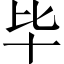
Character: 毕